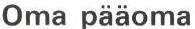
Oma pääoma